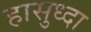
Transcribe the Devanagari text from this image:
हासुध्दा